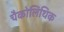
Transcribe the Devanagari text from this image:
चैकोलिथिक